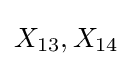
X_{13},X_{14}